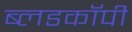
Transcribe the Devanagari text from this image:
ब्लडकॉपी